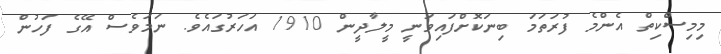
މިމިސްކިތް އެންމެ ފުރަތަމަ ބިނަކޮށްފައިވަނީ މީލާދީން 1910 އަހަރުގައެވެ. ނަމަވެސް އޭގެ ފަހުން